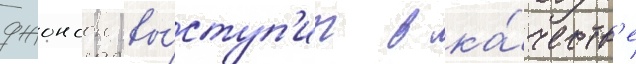
джонсон вы́ступ'ит в ка́честв'е